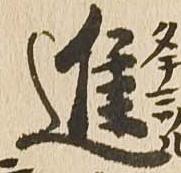
進